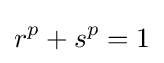
r^{p}+s^{p}=1